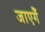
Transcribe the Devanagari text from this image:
जाएगेँ